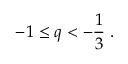
- 1 \le q < - \frac { 1 } { 3 } \; .